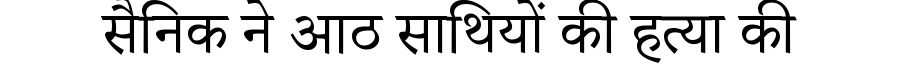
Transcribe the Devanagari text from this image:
सैनिक ने आठ साथियों की हत्या की